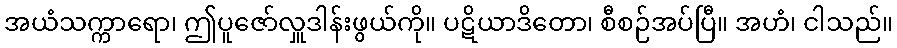
အယံသက္ကာရော၊ ဤပူဇော်လှူဒါန်းဖွယ်ကို။ ပဋိယာဒိတော၊ စီစဉ်အပ်ပြီ။ အဟံ၊ ငါသည်။